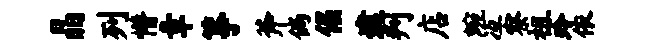
晶列懵章筝斧倘倔逮判店蜿冱察祖玲依